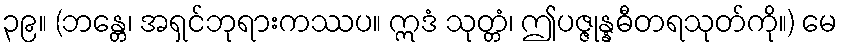
၃၉။ (ဘန္တေ၊ အရှင်ဘုရားကဿပ။ ဣဒံ သုတ္တံ၊ ဤပဇ္ဇုန္နဓီတရသုတ်ကို။) မေ